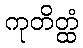
ကုတိတ္ထံ